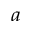
^ { a }